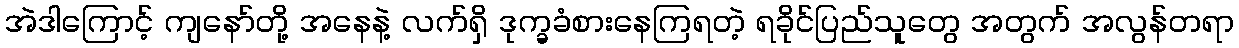
အဲဒါကြောင့် ကျနော်တို့ အနေနဲ့ လက်ရှိ ဒုက္ခခံစားနေကြရတဲ့ ရခိုင်ပြည်သူတွေ အတွက် အလွန်တရာ